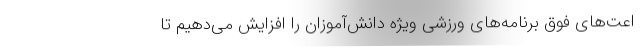
اعت‌های فوق برنامه‌های ورزشی ویژه دانش‌آموزان را افزایش می‌دهیم تا